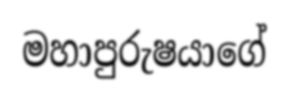
මහාපුරුෂයාගේ